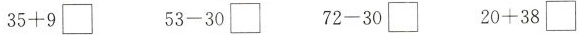
35+9\Box 53-30\Box 72-30\Box 20+38\Box